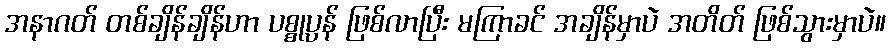
အနာဂတ် တစ်ချိန်ချိန်ဟာ ပစ္စုပ္ပန် ဖြစ်လာပြီး မကြာခင် အချိန်မှာပဲ အတိတ် ဖြစ်သွားမှာပဲ။